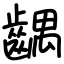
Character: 齵